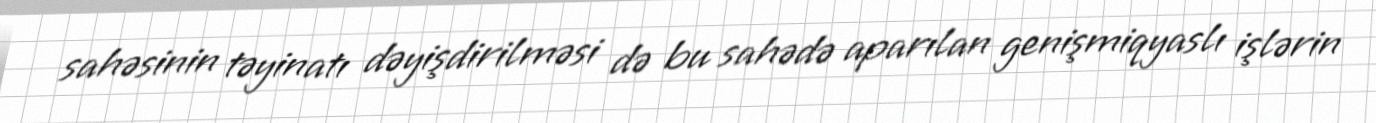
sahəsinin təyinatı dəyişdirilməsi də bu sahədə aparılan genişmiqyaslı işlərin